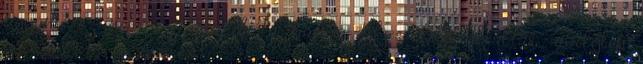
ugyanis ez nem szimpla diéta, hanem teljes életmódváltás, amelyben